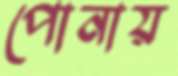
পোনায়